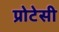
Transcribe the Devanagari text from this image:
प्रोटेसी